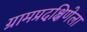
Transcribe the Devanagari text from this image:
ग्रामप्रदक्षिणेला